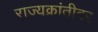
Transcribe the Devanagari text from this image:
राज्यक्रांतीवर